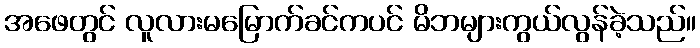
အဖေတွင် လူလားမမြောက်ခင်ကပင် မိဘများကွယ်လွန်ခဲ့သည်။